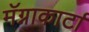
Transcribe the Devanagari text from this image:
मॅग्नाकार्टा